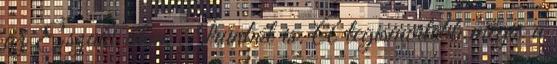
az Északi úton, Irúnból is. A legismertebb mégis a